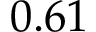
0 . 6 1